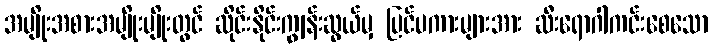
အမျိုးအစားအမျိုးမျိုးတွင် ဆိုင်းနိုင်းကျွန်းဆွယ်မှ ပြင်ပကားများအား ဆီးရောဂါကင်းစေသော